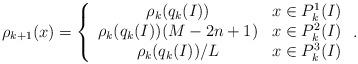
LaTeX: \begin{align*} \rho_{k+1}(x) = \left\{ \begin{array}{cc} \rho_k(q_k(I)) & x \in P_k^1(I) \\ \rho_k(q_k(I))(M-2n+1) & x \in P_k^2(I) \\ \rho_k(q_k(I))/L & x \in P_k^3(I) \end{array} \right. . \end{align*}